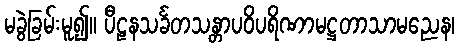
မခွဲခြမ်းမူ၍။ ပီဠနသင်္ခတသန္တာပဝိပရိဏာမဋ္ဌတာသာမညေန၊